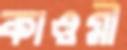
কাওমী